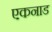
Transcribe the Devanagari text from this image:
एकनाड